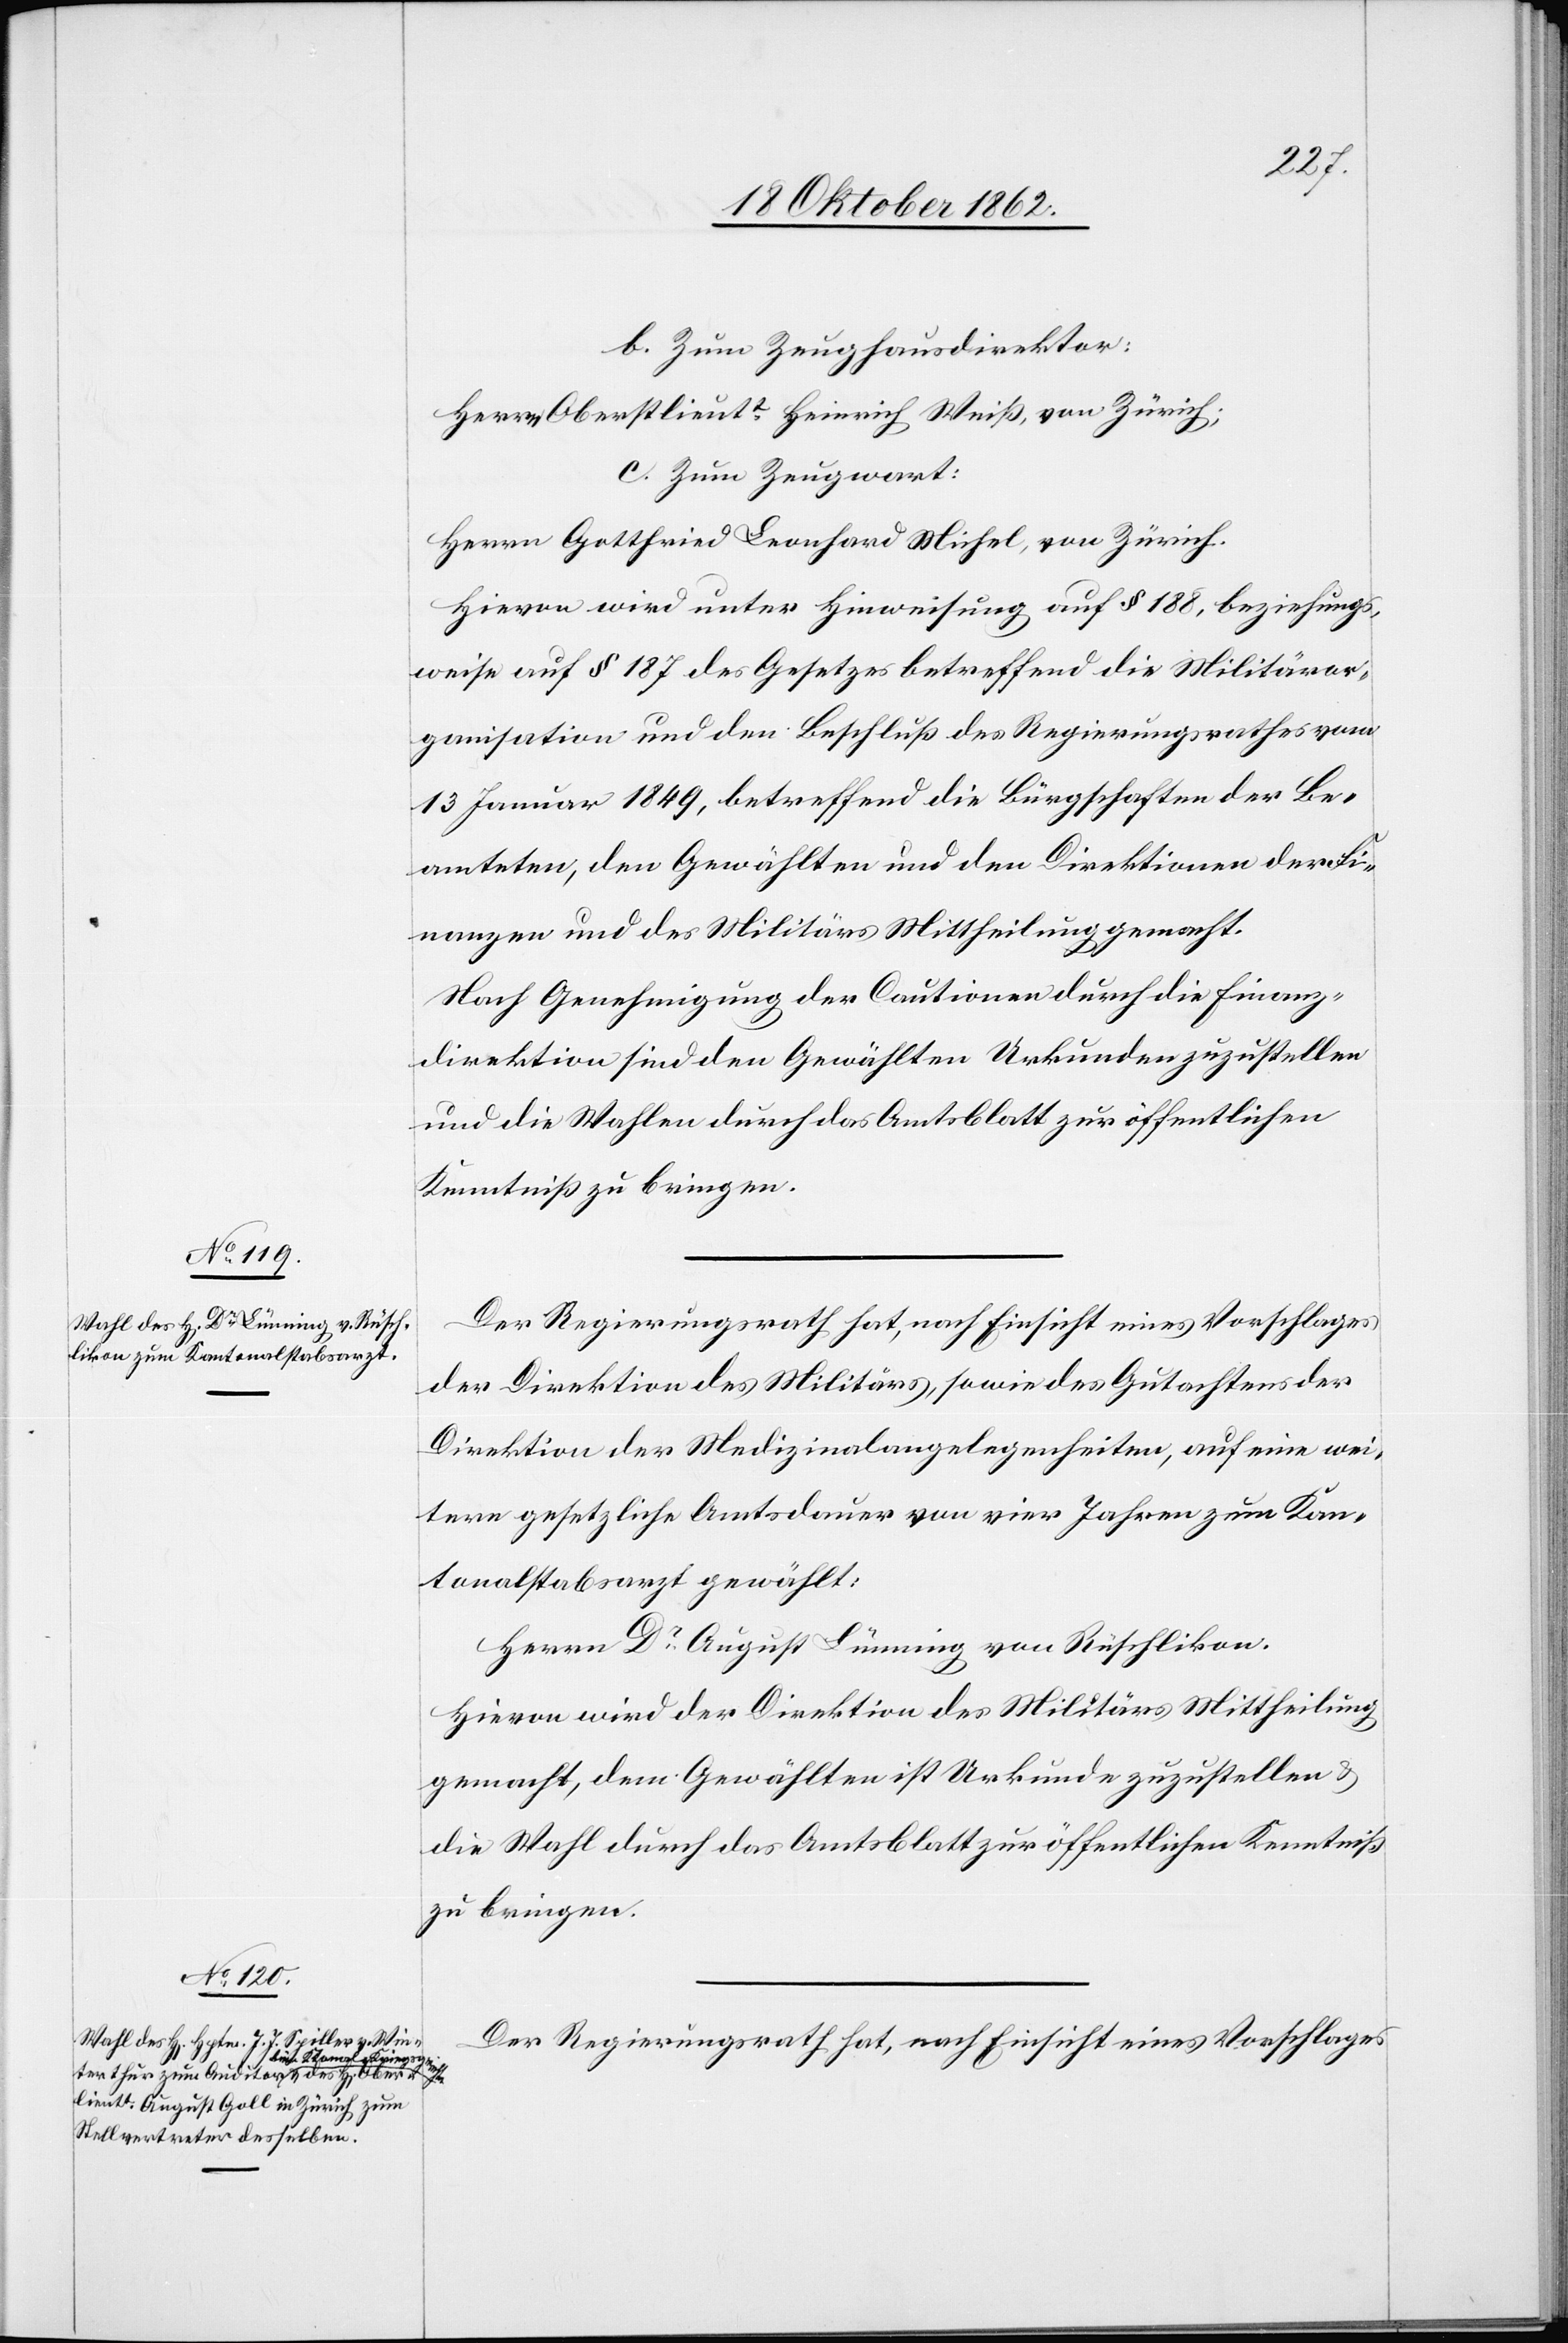
b. Zum Zeughausdirektor:
Herr Oberstlieutt Heinrich Weiß, von Zürich;
c. Zum Zeugwart:
Herrn Gottfried Leonhard Michel, von Zürich.
Hievon wird unter Hinweisung auf § 188, beziehungs¬
weise auf § 187 des Gesetzes betreffend die Militäror¬
ganisation und den Beschluß des Regierungsrathes vom
13. Januar 1849, betreffend die Bürgschaften der Be¬
amteten, den Gewählten und den Direktionen der Fi¬
nanzen und des Militärs Mittheilung gemacht.
Nach Genehmigung der Cautionen durch die Finanz¬
direktion sind den Gewählten Urkunden zuzustellen
und die Wahlen durch das Amtsblatt zur öffentlichen
Kenntniß zu bringen.
Der Regierungsrath hat, nach Einsicht eines Vorschlages
der Direktion des Militärs, sowie des Gutachtens der
Direktion der Medizinalangelegenheiten, auf eine wei¬
tere gesetzliche Amtsdauer von vier Jahren zum Kan¬
tonalstabsarzt gewählt:
Herrn Dr August Lümming von Rüschlikon.
Hievon wird der Direktion des Militärs Mittheilung
gemacht, dem Gewählten ist Urkunde zuzustellen u.
die Wahl durch das Amtsblatt zur öffentlichen Kenntniß
zu bringen.
Der Regierungsrath hat, nach Einsicht eines Vorschlages